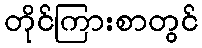
တိုင်ကြားစာတွင်